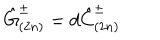
LaTeX: \hat { G } _ { ( 2 n ) } ^ { \pm } = d \hat { C } _ { ( 2 n ) } ^ { \pm }